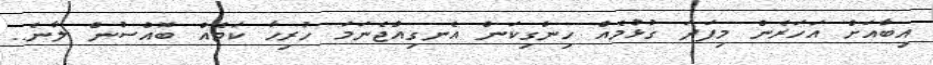
އިބާއަށް އަހަރެން މިފަދަ ގުޅުމެއް ހިންގިކަން އެނގިއްޖެނަމަ ހުރިހާ ކަމެއް ބޮއްސުން ލާނެ..